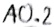
Text: A0.2